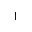
^ { \dag }